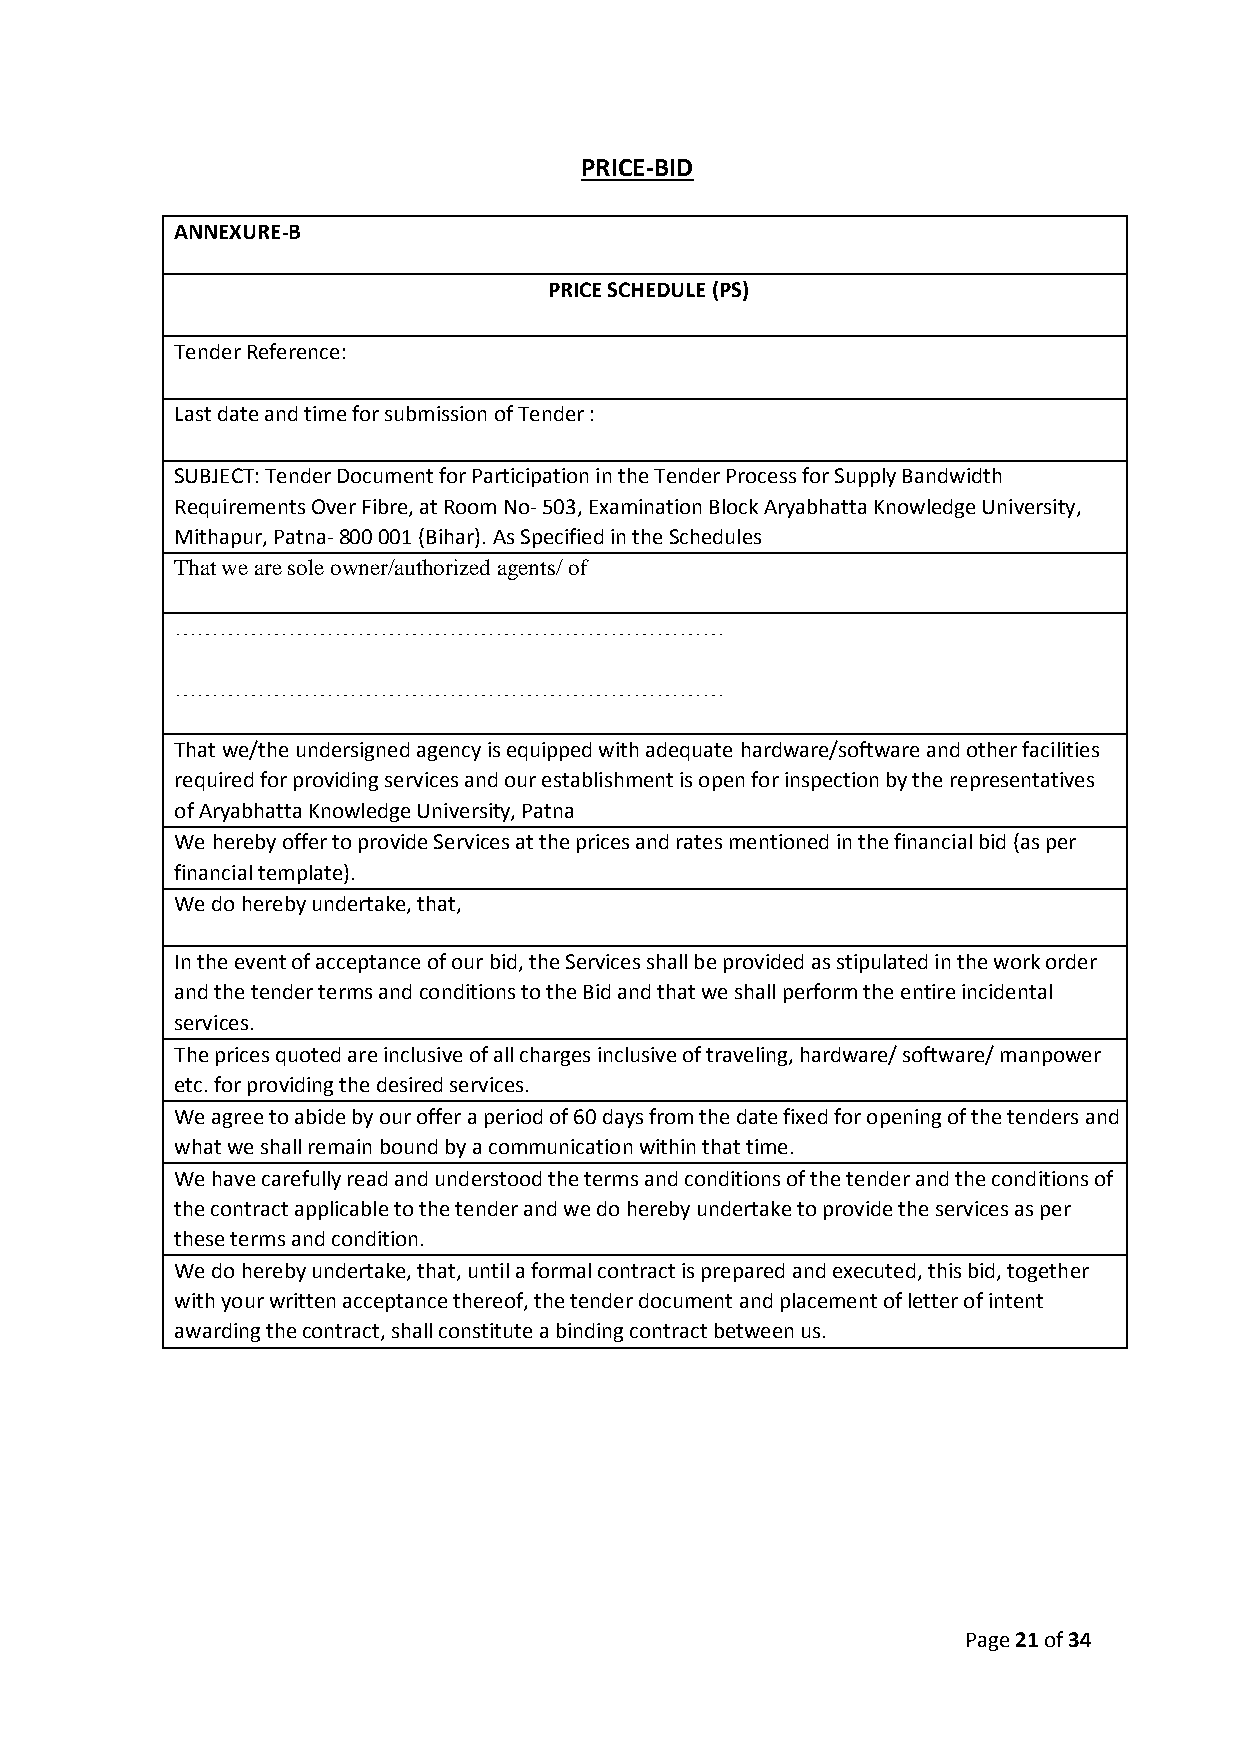
PRICE-BID
 ANNEXURE-B
 PRICE SCHEDULE (PS)
 Tender Reference:
 Last date and time for submission of Tender :
 SUBJECT: Tender Document for Participation in the Tender Process for Supply Bandwidth
 Requirements Over Fibre, at Room No- 503, Examination Block Aryabhatta Knowledge University,
 Mithapur, Patna- 800 001 (Bihar). As Specified in the Schedules
 That we are sole owner/authorized agents/ of
 ………………………………………………………………
 ………………………………………………………………
 That we/the undersigned agency is equipped with adequate hardware/software and other facilities
 required for providing services and our establishment is open for inspection by the representatives
 of Aryabhatta Knowledge University, Patna
 We hereby offer to provide Services at the prices and rates mentioned in the financial bid (as per
 financial template).
 We do hereby undertake, that,
 In the event of acceptance of our bid, the Services shall be provided as stipulated in the work order
 and the tender terms and conditions to the Bid and that we shall perform the entire incidental
 services.
 The prices quoted are inclusive of all charges inclusive of traveling, hardware/ software/ manpower
 etc. for providing the desired services.
 We agree to abide by our offer a period of 60 days from the date fixed for opening of the tenders and
 what we shall remain bound by a communication within that time.
 We have carefully read and understood the terms and conditions of the tender and the conditions of
 the contract applicable to the tender and we do hereby undertake to provide the services as per
 these terms and condition.
 We do hereby undertake, that, until a formal contract is prepared and executed, this bid, together
 with your written acceptance thereof, the tender document and placement of letter of intent
 awarding the contract, shall constitute a binding contract between us.
 Page 21 of 34